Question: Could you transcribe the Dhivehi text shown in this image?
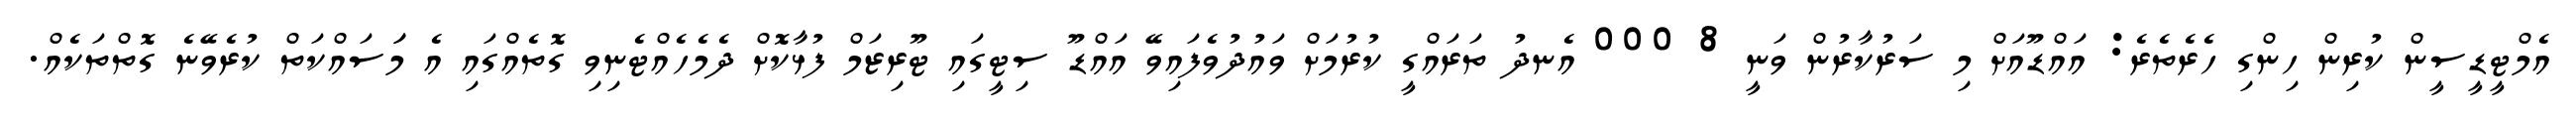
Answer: އެމްޓީޑީސީން ކުރިން ހިންގި ހެރެތެރެ: އައްޑޫއަށް މި ސަރުކާރުން ވަނީ 8 000 އެނދު ތަރައްގީ ކުރުމަށް ވައުދުވެފައިވޭ އައްޑޫ ސިޓީގައި ޓޫރިޒަމް ފުޅާކޮށް ދެމެހެއްޓެނިވި ގޮތެއްގައި އެ މަަސައްކަތް ކުރެވޭނެ ގޮތްތަކެއް.